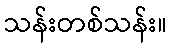
သန်းတစ်သန်း။